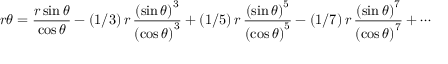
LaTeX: r \theta = { \frac { r \sin \theta } { \cos \theta } } - ( 1 / 3 ) \, r \, { \frac { \left( \sin \theta \right) ^ { 3 } } { \left( \cos \theta \right) ^ { 3 } } } + ( 1 / 5 ) \, r \, { \frac { \left( \sin \theta \right) ^ { 5 } } { \left( \cos \theta \right) ^ { 5 } } } - ( 1 / 7 ) \, r \, { \frac { \left( \sin \theta \right) ^ { 7 } } { \left( \cos \theta \right) ^ { 7 } } } + \cdots